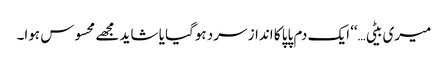
میری بیٹی…‘‘ ایک دم پاپا کا انداز سرد ہوگیا یا شاید مجھے محسوس ہوا۔